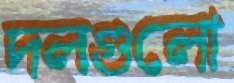
দলগুলো